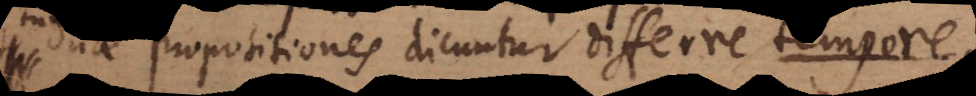
propositiones dicuntur differre t